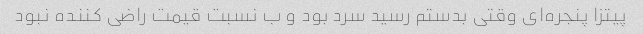
پیتزا پنجره‌ای وقتی بدستم رسید سرد بود و ب نسبت قیمت راضی کننده نبود